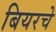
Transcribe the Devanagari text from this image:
बियरचे